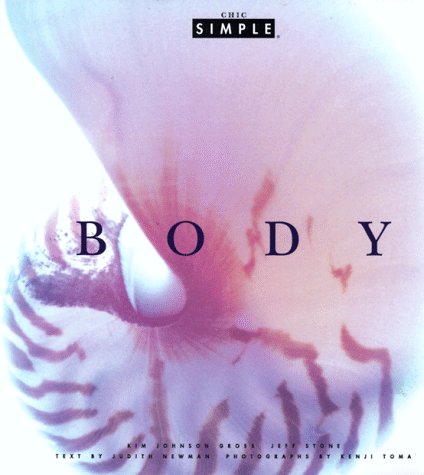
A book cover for Body(Chic Simple); Chic Simple Partners; Health, Fitness & Dieting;